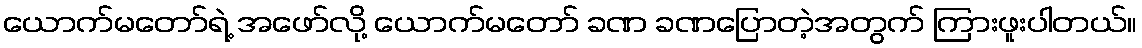
ယောက်မတော်ရဲ့ အဖော်လို့ ယောက်မတော် ခဏ ခဏပြောတဲ့အတွက် ကြားဖူးပါတယ်။